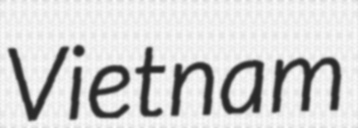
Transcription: Vietnam